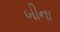
બીના